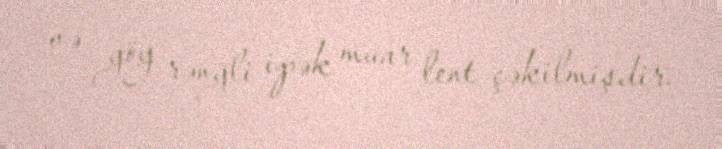
və göy rəngli ipək muar lent çəkilmişdir.